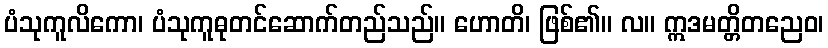
ပံသုကူလိကော၊ ပံသုကူဓုတင်ဆောက်တည်သည်။ ဟောတိ၊ ဖြစ်၏။ လ။ ဣဒမတ္တိတညေဝ၊